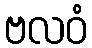
ဗလဝံ